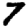
Digit: 7